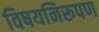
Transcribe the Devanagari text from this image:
विषयनिरूपण